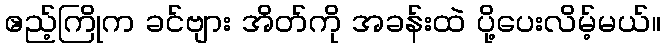
ဧည့်ကြိုက ခင်ဗျား အိတ်ကို အခန်းထဲ ပို့ပေးလိမ့်မယ်။